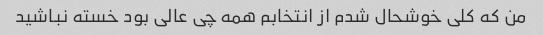
من که کلی خوشحال شدم از انتخابم همه چی عالی بود خسته نباشید